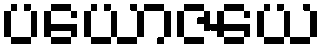
ပယောဇယေ